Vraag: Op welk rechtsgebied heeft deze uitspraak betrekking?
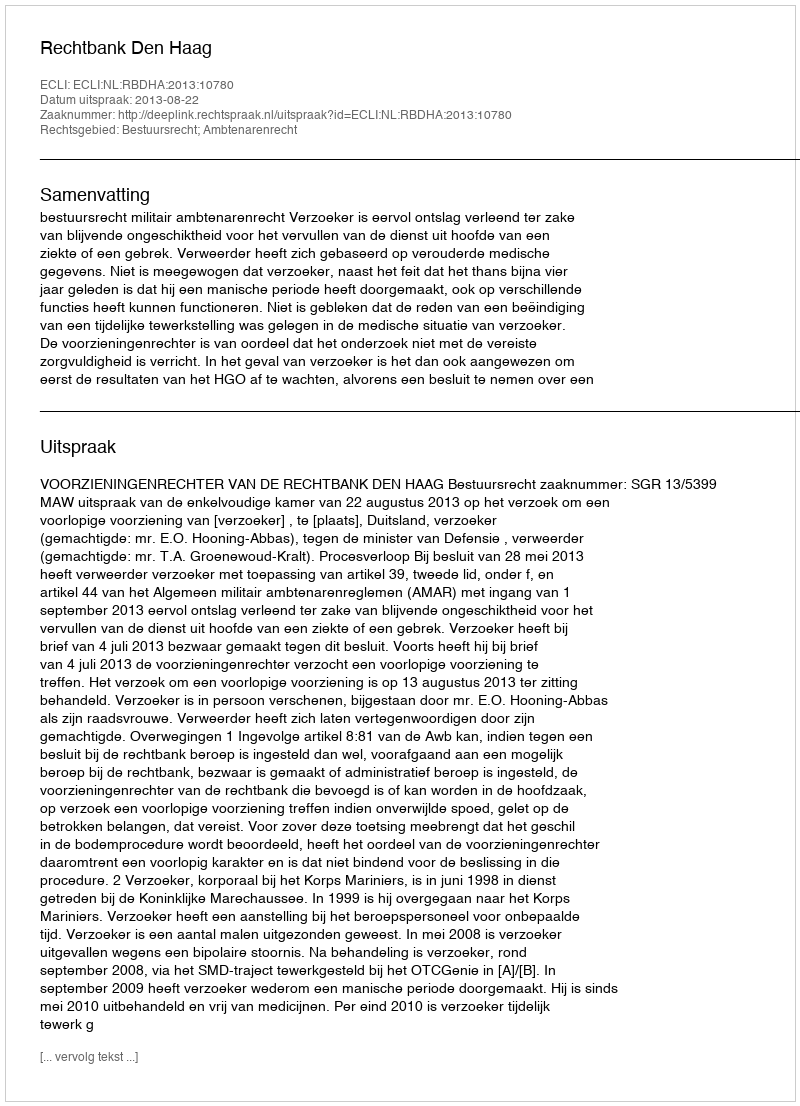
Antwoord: Bestuursrecht; Ambtenarenrecht